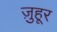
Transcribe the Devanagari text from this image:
ज़ुहूर